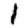
Digit: 1